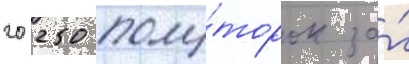
20 250 полу́торок за́